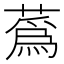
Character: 蔿